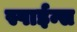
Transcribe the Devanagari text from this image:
स्पाईन्स